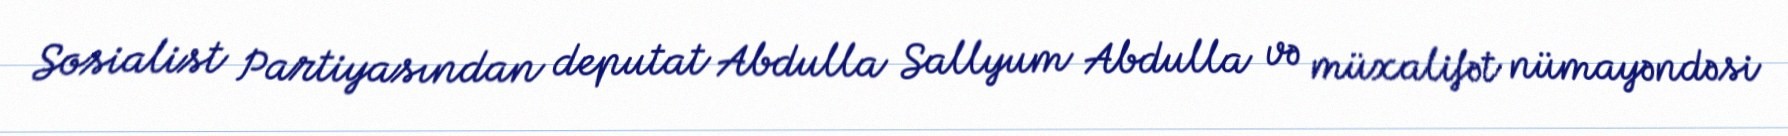
Sosialist Partiyasından deputat Abdulla Sallyum Abdulla və müxalifət nümayəndəsi